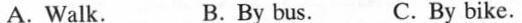
A. Walk. B.By bus. C. By bike.